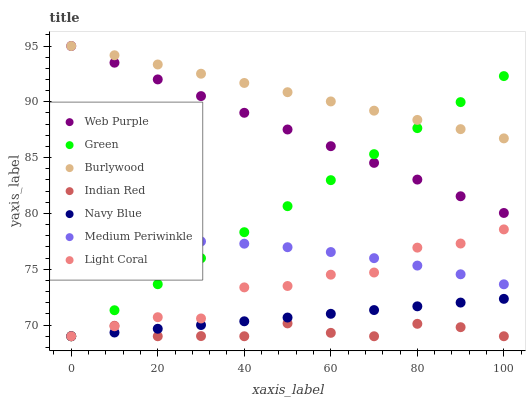
| xaxis_label | Web Purple | Green | Burlywood | Indian Red | Navy Blue | Medium Periwinkle | Light Coral |
 | --- | --- | --- | --- | --- | --- | --- | --- |
 | 0 | 95 | 69 | 95 | 69 | 69 | 77.4 | 69 |
 | 10 | 93.5 | 71.3 | 94.2 | 69.9 | 69.3 | 77.5 | 69.9 |
 | 20 | 92 | 73.7 | 93.3 | 69 | 69.7 | 77.6 | 70.7 |
 | 30 | 90.5 | 76 | 92.5 | 69 | 70 | 77.5 | 70.6 |
 | 40 | 89 | 78.3 | 91.7 | 69 | 70.3 | 77.3 | 73.4 |
 | 50 | 87.5 | 80.7 | 90.9 | 70.2 | 70.7 | 77 | 73.5 |
 | 60 | 86 | 83 | 90 | 69.3 | 71 | 76.5 | 74.5 |
 | 70 | 84.5 | 85.3 | 89.2 | 69 | 71.3 | 76 | 74.7 |
 | 80 | 83 | 87.6 | 88.4 | 70.1 | 71.7 | 75.3 | 76.9 |
 | 90 | 81.5 | 90 | 87.6 | 69.8 | 72 | 74.6 | 77.3 |
 | 100 | 80 | 92.3 | 86.7 | 69 | 72.4 | 73.7 | 78.6 |